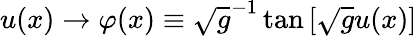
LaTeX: u(x)\rightarrow\varphi(x)\equiv\sqrt{g}^{-1}\tan\left[\sqrt{g}u(x)\right]